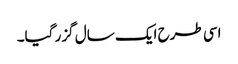
اسی طرح ایک سال گزر گیا۔